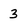
Character: 3